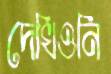
দেখিওনি